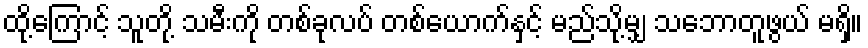
ထို့ကြောင့် သူတို့ သမီးကို တစ်ခုလပ် တစ်ယောက်နှင့် မည်သို့မျှ သဘောတူဖွယ် မရှိ။